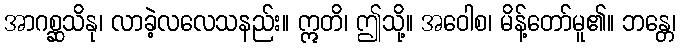
အာဂစ္ဆသိနု၊ လာခဲ့လလေသနည်း။ ဣတိ၊ ဤသို့။ အဝေါစ၊ မိန့်တော်မူ၏။ ဘန္တေ၊